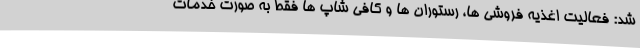
شد: فعالیت اغذیه فروشی ها، رستوران ها و کافی شاپ ها فقط به صورت خدمات